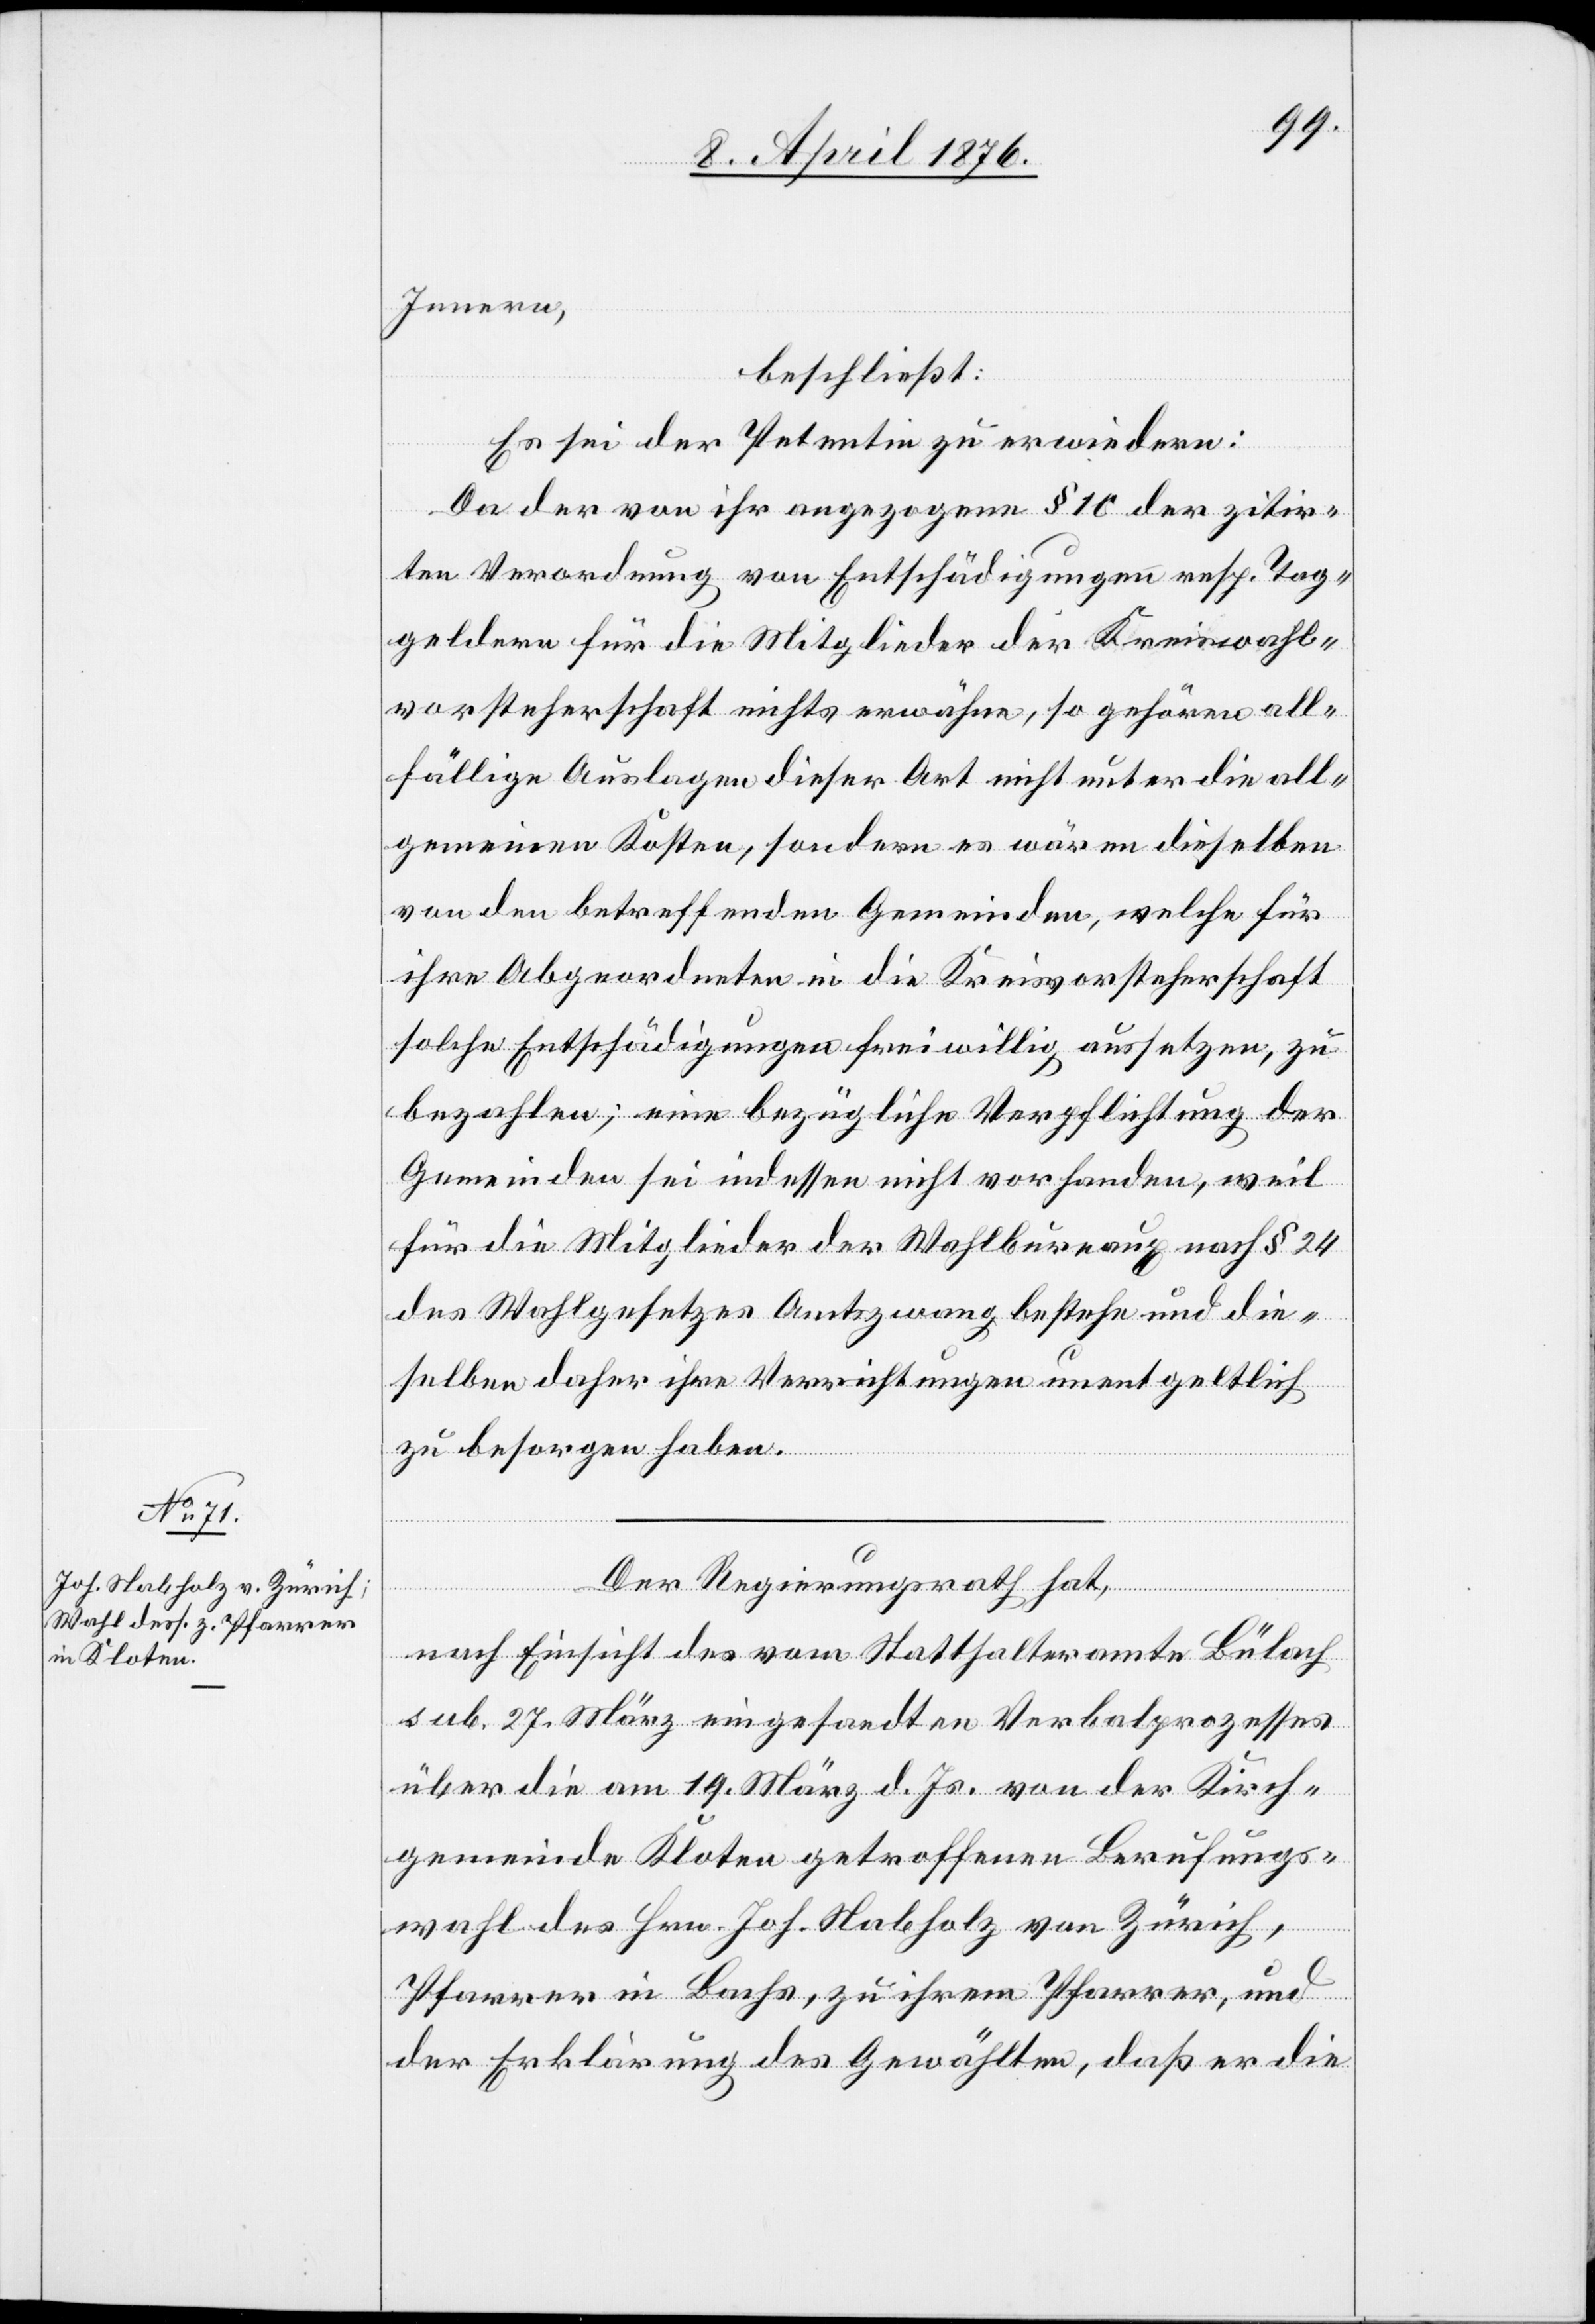
Innern,
beschließt:
Es sei der Petentin zu erwiedern:
Da der von ihr angezogene § 10 der zitir¬
ten Verordnung von Entschädigungen resp. Tag¬
geldern für die Mitglieder der Kreiswahl¬
vorsteherschaft nichts erwähne, so gehören all¬
fällige Auslagen dieser Art nicht unter die all¬
gemeinen Kosten, sondern es wären dieselben
von den betreffenden Gemeinden, welche für
ihre Abgeordneten in die Kreisvorsteherschaft
solche Entschädigungen freiwillig aussetzen, zu
bezahlen; eine bezüglich Verpflichtung der
Gemeinden sei indessen nicht vorhanden, weil
für die Mitglieder der Wahlbureaux nach § 24
des Wahlgesetzes Amtszwang bestehe und die¬
selben daher ihre Verrichtungen unentgeltlich
zu besorgen haben.
Der Regierungsrath hat,
nach Einsicht des vom Statthalteramte Bülach
sub. 27. März eingesandten Verbalprozesses
über die am 19. März d. Js. von der Kirch¬
gemeinde Kloten getroffenen Berufungs¬
wahl des Hrn. Joh. Habholz von Zürich,
Pfarrer in Bachs, zu ihrem Pfarrer, und
der Erklärung des Gewählten, daß er die